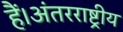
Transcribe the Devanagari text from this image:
हैं।अंतरराष्ट्रीय